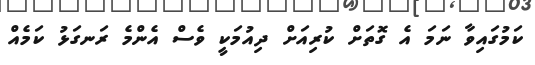
ކަމުގައިވާ ނަމަ އެ ގޮތަށް ކުރިއަށް ދިއުމަކީ ވެސް އެންމެ ރަނގަޅު ކަމެއް